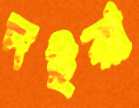
দইরা